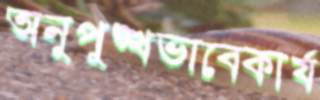
অনুপুঙ্খভাবেকার্য